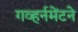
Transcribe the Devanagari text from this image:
गव्हर्नमेंटने